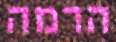
הרמה